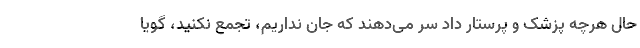
حال هرچه پزشک و پرستار داد سر می‌دهند که جان نداریم، تجمع نکنید، گویا